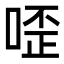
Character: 㗏